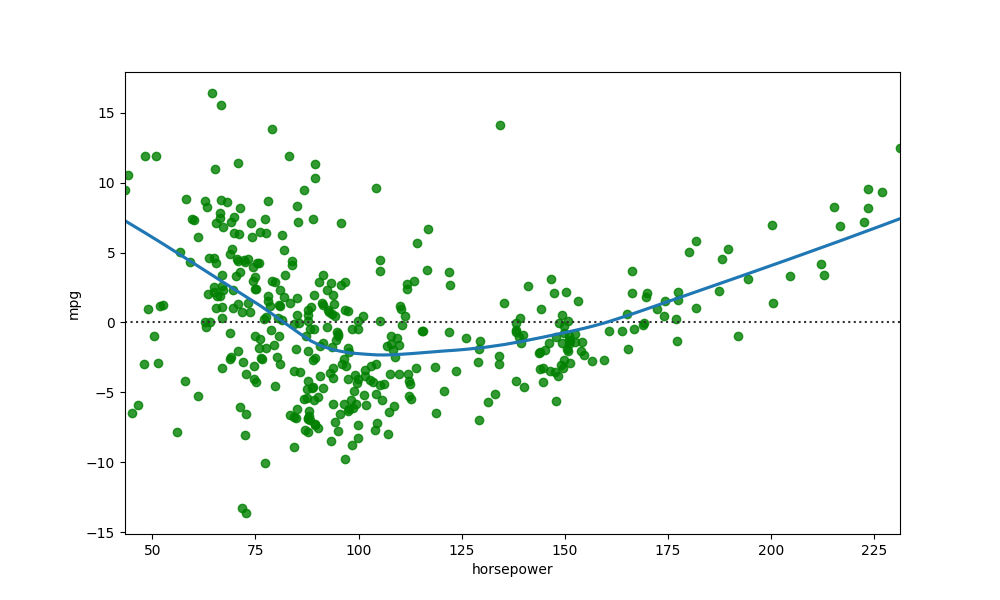
python, seaborn, residplot, lowess=True, scatter_color=green